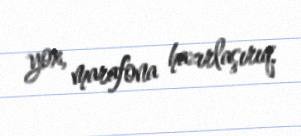
yox, marafona hazırlaşırıq.